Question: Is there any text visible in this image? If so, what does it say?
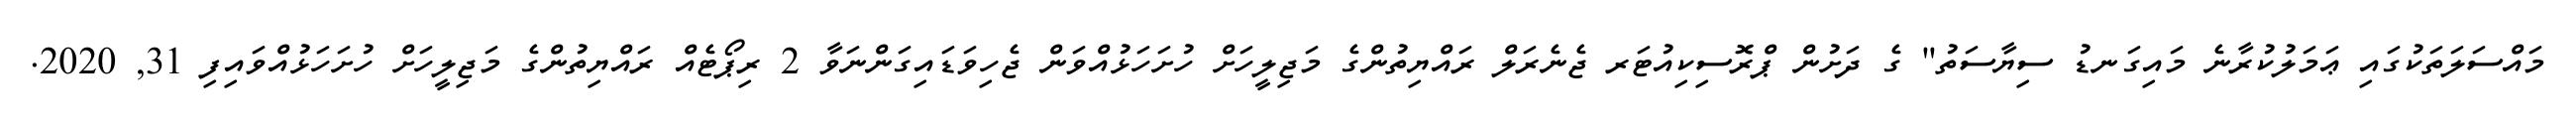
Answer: މައްސަލަތަކުގައި ޢަމަލުކުރާނެ މައިގަނޑު ސިޔާސަތު" ގެ ދަށުން ޕްރޮސިކިއުޓަރ ޖެނެރަލް ރައްޔިތުންގެ މަޖިލީހަށް ހުށަހަޅުއްވަން ޖެހިވަޑައިގަންނަވާ 2 ރިޕޯޓެއް ރައްޔިތުންގެ މަޖިލީހަށް ހުށަހަޅުއްވައިފި 31, 2020.